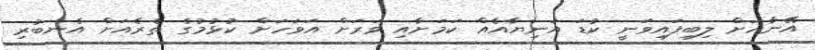
އޭނާއަށް ލިބިފައިވަނީ ކުޑަ އަނިޔާއެއް ކަމަށާއި ވަރަށް އަވަހަށް ކުޅުމުގެ ތެރެއަށް އެނބުރި